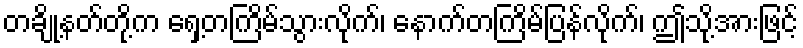
တချို့နတ်တို့က ရှေ့တကြိမ်သွားလိုက်၊ နောက်တကြိမ်ပြန်လိုက်၊ ဤသို့အားဖြင့်